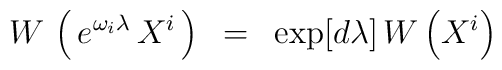
W\,\left ( \, e^{\omega_i \lambda } \,X^{i}\, \right ) ~=~\exp \bigl [ d\lambda \bigr ]\, W\left ( X^{i}\right )